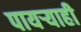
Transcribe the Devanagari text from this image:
पायऱ्याही